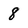
Character: 8